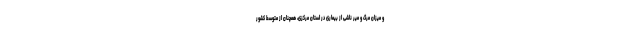
و میزان مرگ و میر ناشی از بیماری در استان مرکزی، همچنان از متوسط کشور